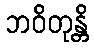
ဘဝိတုန္တိ